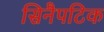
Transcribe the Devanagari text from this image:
सिनैपटिक